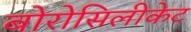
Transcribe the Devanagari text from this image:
बोरोसिलीकेट